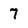
Character: 7